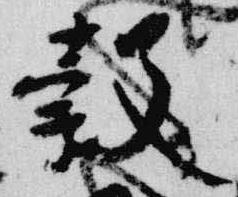
穀